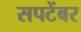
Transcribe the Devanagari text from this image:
सपटेंबर